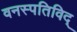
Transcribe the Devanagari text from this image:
वनस्पतिविद्